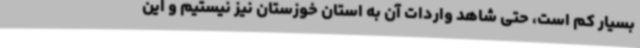
بسیار کم است، حتی شاهد واردات آن به استان خوزستان نیز نیستیم و این